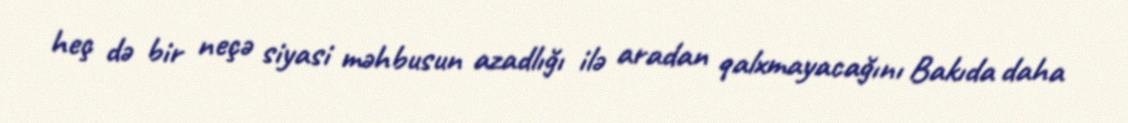
heç də bir neçə siyasi məhbusun azadlığı ilə aradan qalxmayacağını Bakıda daha